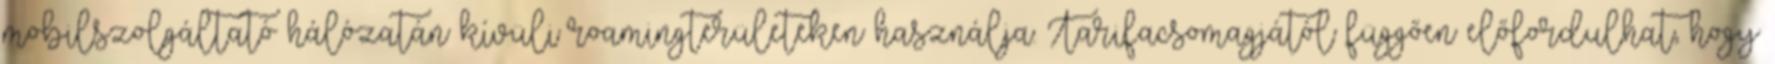
mobilszolgáltató hálózatán kívüli roamingterületeken használja. Tarifacsomagjától függően előfordulhat, hogy